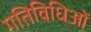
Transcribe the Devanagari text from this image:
गतिविधिओं